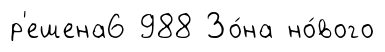
р'ешена6 988 Зо́на но́вого